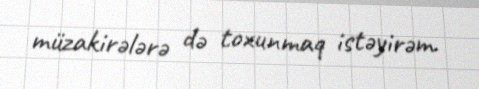
müzakirələrə də toxunmaq istəyirəm.